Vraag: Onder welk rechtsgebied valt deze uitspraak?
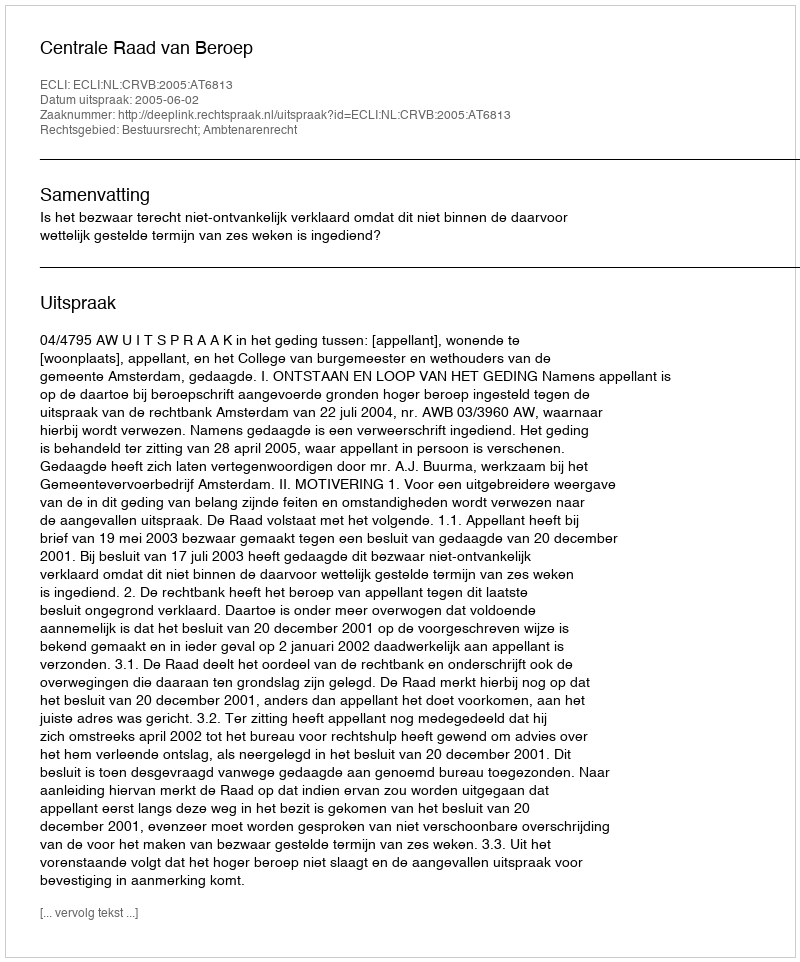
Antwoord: Bestuursrecht; Ambtenarenrecht